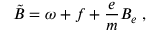
\tilde { B } = \omega + f + \frac { e } { m } B _ { e } \; ,